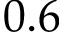
0 . 6